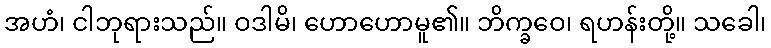
အဟံ၊ ငါဘုရားသည်။ ဝဒါမိ၊ ဟောဟောမူ၏။ ဘိက္ခဝေ၊ ရဟန်းတို့။ သခေါ၊